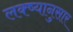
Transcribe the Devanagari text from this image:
लक्ष्यानुसार